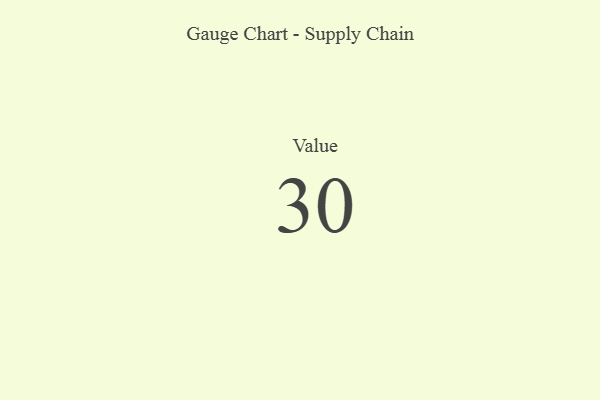
{"axis": {"x": "Metric", "y": "Value"}, "legend": [""], "data": [{"x": "Value", "y": 30, "type": ""}]}